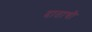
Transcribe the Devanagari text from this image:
दाताची